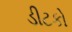
ડીટકો